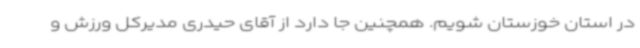
در استان خوزستان شویم. همچنین جا دارد از آقای حیدری مدیرکل ورزش و